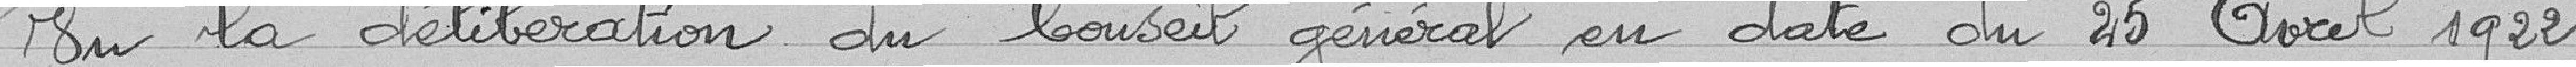
Vu la délibération du Conseil général en date du 25 avril 1922